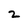
Character: 2